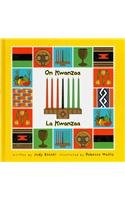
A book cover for On Kwanzaa/la Kwanzaa (Holiday Happenings/ Sucesos De Dias Festivos) (Spanish Edition); Judith Mazzeo Zocchi; Children's Books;